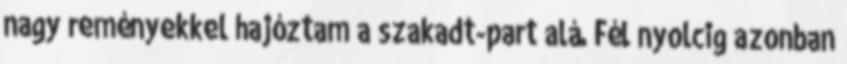
nagy reményekkel hajóztam a szakadt-part alá. Fél nyolcig azonban